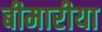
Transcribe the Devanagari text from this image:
बीमारीया